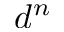
d ^ { n }